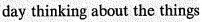
day thinking about the things